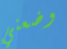
وضعني